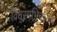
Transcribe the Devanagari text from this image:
विधुरमभिचाराय